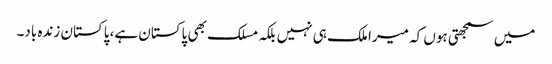
میں سمجھتی ہوں کہ میرا ملک ہی نہیں بلکہ مسلک بھی پاکستان ہے، پاکستان زندہ باد۔